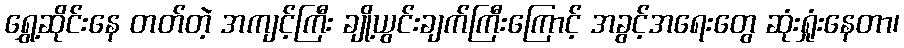
ရွှေ့ဆိုင်းနေ တတ်တဲ့ အကျင့်ကြီး ချို့ယွင်းချက်ကြီးကြောင့် အခွင့်အရေးတွေ ဆုံးရှုံးနေတာ၊